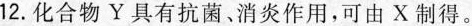
12. 化合物Y具有抗菌、消炎作用，可由X制得。